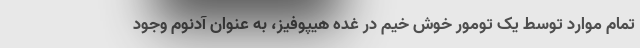
تمام موارد توسط یک تومور خوش خیم در غده هیپوفیز، به عنوان آدنوم وجود